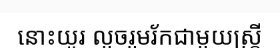
នោះយូរ លួចរួមរ័កជាមួយស្ត្រី